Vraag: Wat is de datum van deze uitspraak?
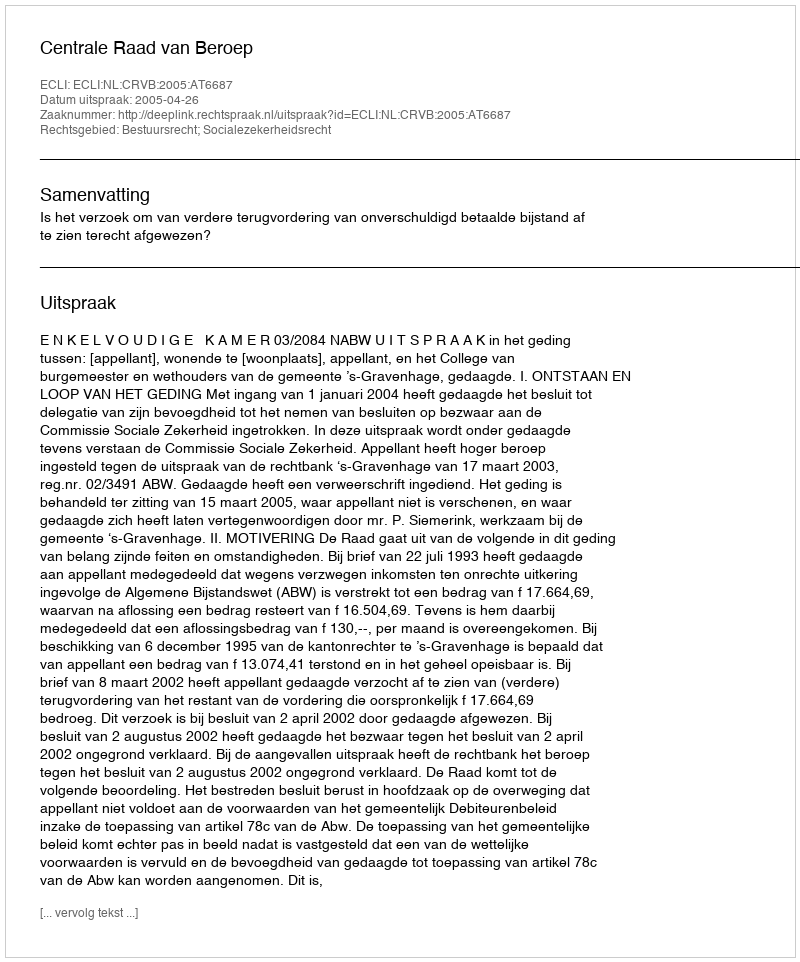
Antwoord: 2005-04-26